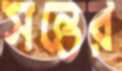
সন্তের